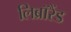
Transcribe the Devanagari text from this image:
लिब्रॉरैंड